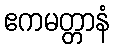
ဧကမတ္တာနံ